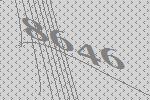
8646